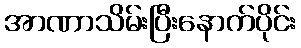
အာဏာသိမ်းပြီးနောက်ပိုင်း